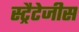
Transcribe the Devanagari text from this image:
स्ट्रैटेजीस